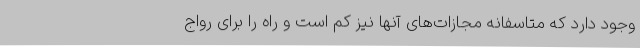
وجود دارد که متاسفانه مجازات‌های آنها نیز کم است و راه را برای رواج